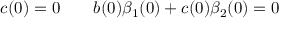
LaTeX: c ( 0 ) = 0 \qquad b ( 0 ) \beta _ { 1 } ( 0 ) + c ( 0 ) \beta _ { 2 } ( 0 ) = 0